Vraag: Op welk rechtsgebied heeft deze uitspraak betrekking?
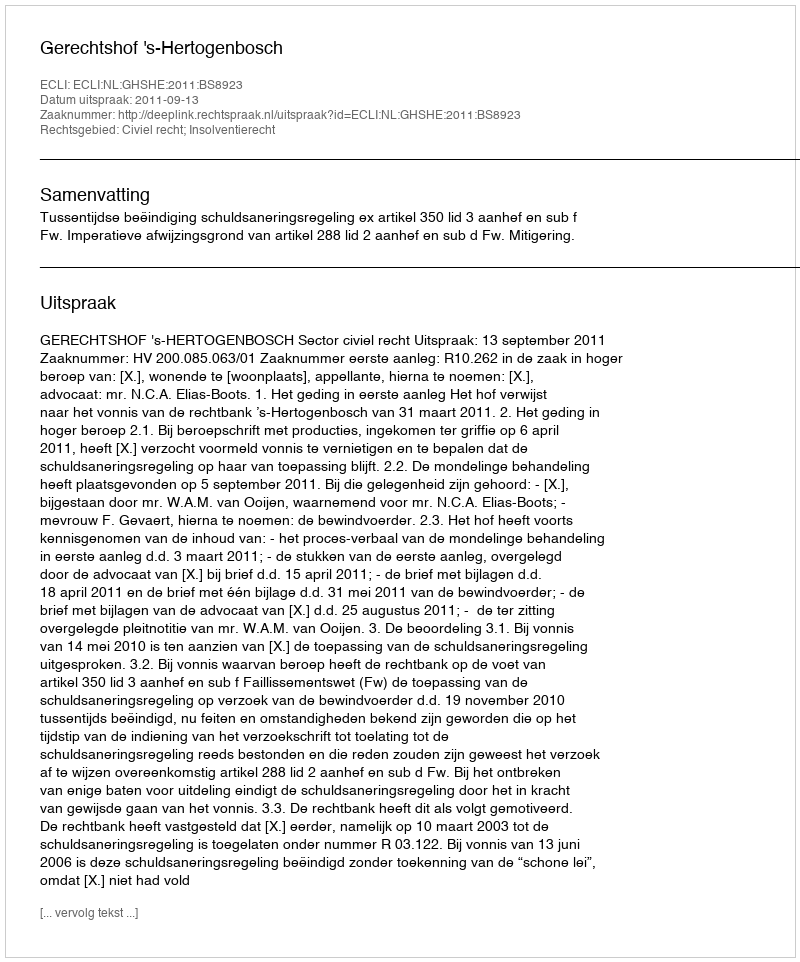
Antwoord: Civiel recht; Insolventierecht